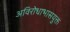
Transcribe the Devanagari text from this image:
अविरोधाभासयुक्त